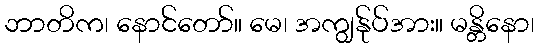
ဘာတိက၊ နောင်တော်။ မေ၊ အကျွန်ုပ်အား။ မန္တိနော၊